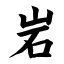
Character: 岩